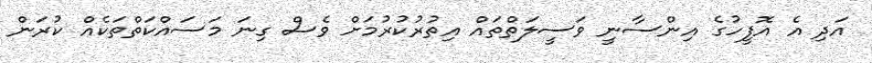
އަދި އެ އޮފީހުގެ އިންސާނީ ވަސީލަތްތައް އިތުރުކުރުމަށް ވެސް ގިނަ މަސައްކަތްތަކެއް ކުރަން